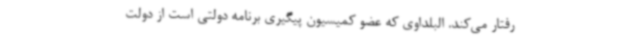
رفتار می‌کند. البلداوی که عضو کمیسیون پیگیری برنامه دولتی است از دولت